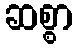
ဆစ္စာ